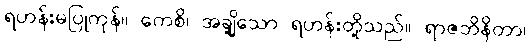
ရဟန်းမပြုကုန်။ ကေစိ၊ အချို့သော ရဟန်းတို့သည်။ ရာဇဘိနိတာ၊